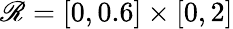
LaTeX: \mathscr{R}=[0,0.6]\times[0,2]